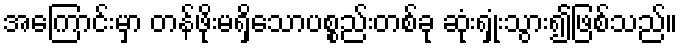
အကြောင်းမှာ တန်ဖိုးမရှိသောပစ္စည်းတစ်ခု ဆုံးရှုံးသွား၍ဖြစ်သည်။